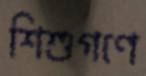
শিশুগণে